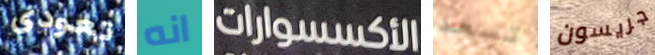
تعودى انه الأكسسوارات تسعد جريسون